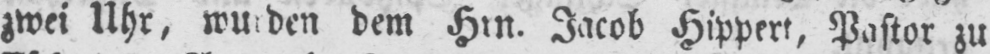
dem Hrn. Jacob Hippert, Pastor zu